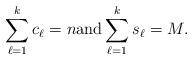
LaTeX: \begin{align*}\sum_{\ell=1}^k c_{\ell}= n \mbox{and}\sum_{\ell=1}^k s_{\ell} = M.\end{align*}